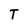
Character: T